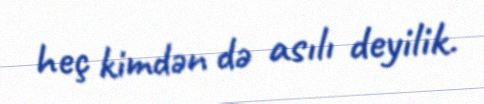
heç kimdən də asılı deyilik.